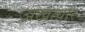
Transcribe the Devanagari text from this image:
अखत्यार